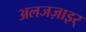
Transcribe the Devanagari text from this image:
अलजज़ाइर्